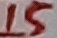
Text: 15